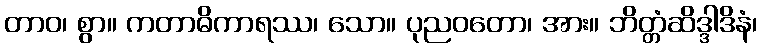
တာဝ၊ စွာ။ ကတာဓိကာရဿ၊ သော။ ပုညဝတော၊ အား။ ဘိတ္တံဆိဒ္ဒါဒိနံ၊